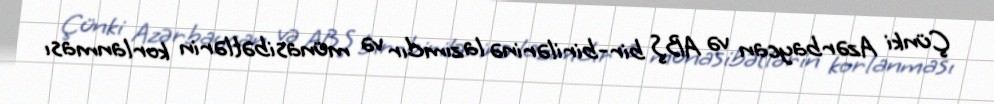
Çünki Azərbaycan və ABŞ bir-birilərinə lazımdır və münasibətlərin korlanması